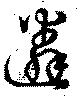
遴